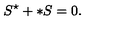
S ^ { \star } + \ast S = 0 .